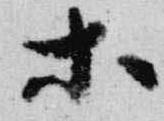
等